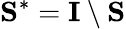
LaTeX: \mathbf{S}^{\ast}=\mathbf{I}\setminus\mathbf{S}